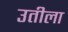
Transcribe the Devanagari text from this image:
उतीला